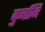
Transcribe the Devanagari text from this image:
कुर्बानि